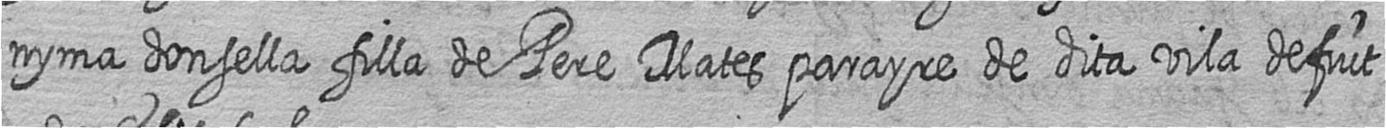
nyma donsella filla de Pere Mates parayre de dita vila defuct